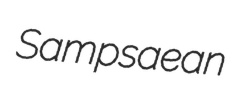
Sampsaean